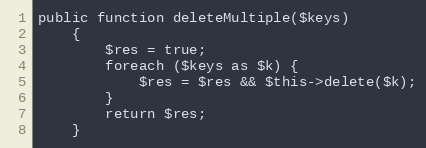
Language: PHP
public function deleteMultiple($keys)
    {
        $res = true;
        foreach ($keys as $k) {
            $res = $res && $this->delete($k);
        }
        return $res;
    }